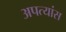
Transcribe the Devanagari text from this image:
अपत्यांस